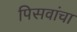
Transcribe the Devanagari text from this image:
पिसवांचा